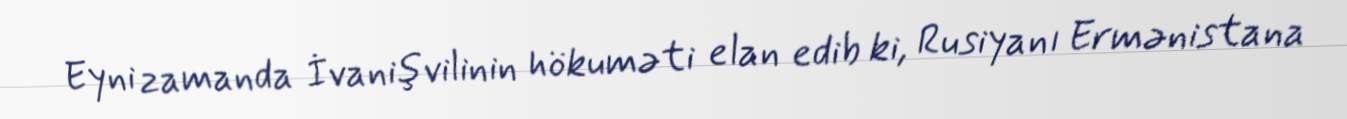
Eyni zamanda İvanişvilinin hökuməti elan edib ki, Rusiyanı Ermənistana